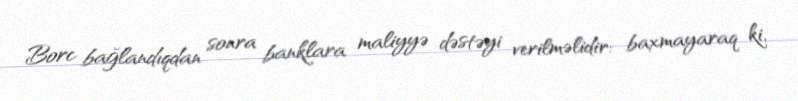
Borc bağlandıqdan sonra banklara maliyyə dəstəyi verilməlidir: baxmayaraq ki,